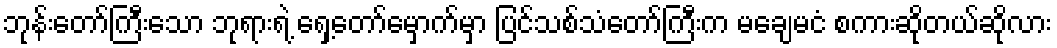
ဘုန်းတော်ကြီးသော ဘုရားရဲ့ ရှေ့တော်မှောက်မှာ ပြင်သစ်သံတော်ကြီးက မချေမငံ စကားဆိုတယ်ဆိုလား